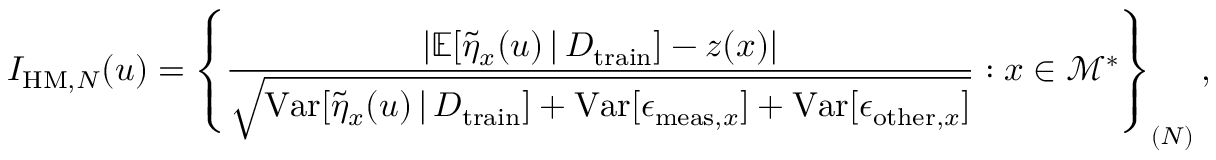
I _ { \mathrm { H M } , N } ( u ) = \left\{ \frac { \lvert \mathbb { E } [ \Tilde { \eta } _ { x } ( u ) \, \vert \, D _ { \mathrm { t r a i n } } ] - z ( x ) \rvert } { \sqrt { \mathrm { V a r } [ \Tilde { \eta } _ { x } ( u ) \, \vert \, D _ { \mathrm { t r a i n } } ] + \mathrm { V a r } [ \epsilon _ { \mathrm { m e a s } , x } ] + \mathrm { V a r } [ \epsilon _ { \mathrm { o t h e r } , x } ] } } : x \in \mathcal { M } ^ { * } \right\} _ { ( N ) } ,